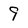
Character: 9